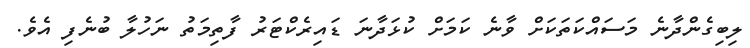
ލިބިގެންދާނެ މަސައްކަތަކަށް ވާނެ ކަމަށް ކުޅަދާނަ ޑައިރެކްޓަރު ފާތިމަތު ނަހުލާ ބުނެފި އެވެ.